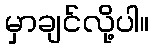
မှာချင်လို့ပါ။